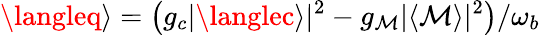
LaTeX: \langleq\rangle=\big(g_{c}|\langlec\rangle|^{2}-g_{\mathcal{M}}|\langle\mathcal{M}\rangle|^{2}\big)/\omega_{b}